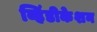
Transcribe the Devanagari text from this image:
व्हिंडीकेशन